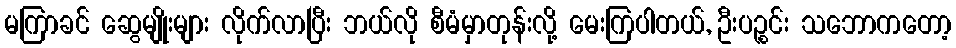
မကြာခင် ဆွေမျိုးများ လိုက်လာပြီး ဘယ်လို စီမံမှာတုန်းလို့ မေးကြပါတယ်, ဦးပဉ္စင်း သဘောကတော့